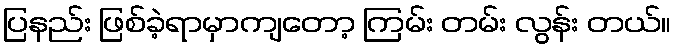
ပြနည်း ဖြစ်ခဲ့ရာမှာကျတော့ ကြမ်း တမ်း လွန်း တယ်။